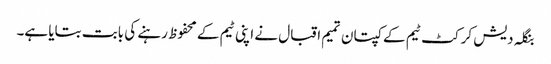
بنگلہ دیش کرکٹ ٹیم کے کپتان تمیم اقبال نے اپنی ٹیم کے محفوظ رہنے کی بابت بتایا ہے۔